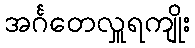
အင်္ဂတေလှူရကျိုး